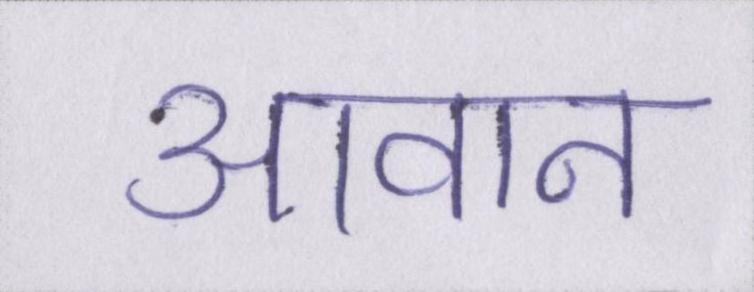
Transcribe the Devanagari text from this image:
आवान